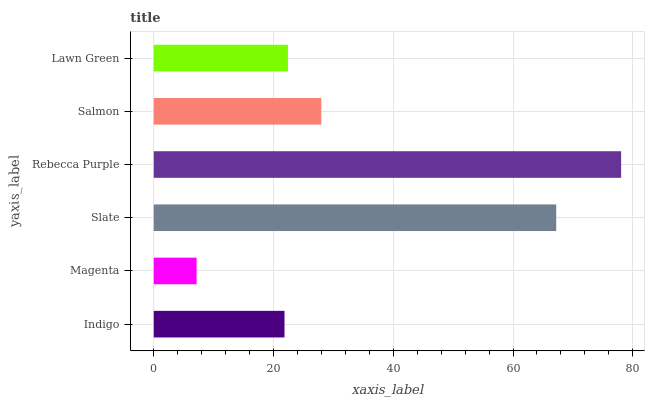
| yaxis_label | bars |
 | --- | --- |
 | Indigo | 21.8 |
 | Magenta | 7.15 |
 | Slate | 67.2 |
 | Rebecca Purple | 78.1 |
 | Salmon | 28 |
 | Lawn Green | 22.4 |